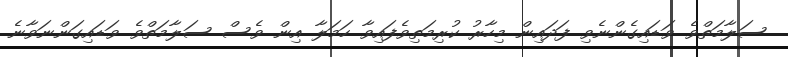
ސަލާމަތްވެ ވަޑައިގެންނެވި ފަދައިން މިހާރު ކުރިމަތިވެފައިވާ ހަމަލާ އިން ވެސް ސަލާމަތްވެ ވަޑައިގަންނަވާނެ